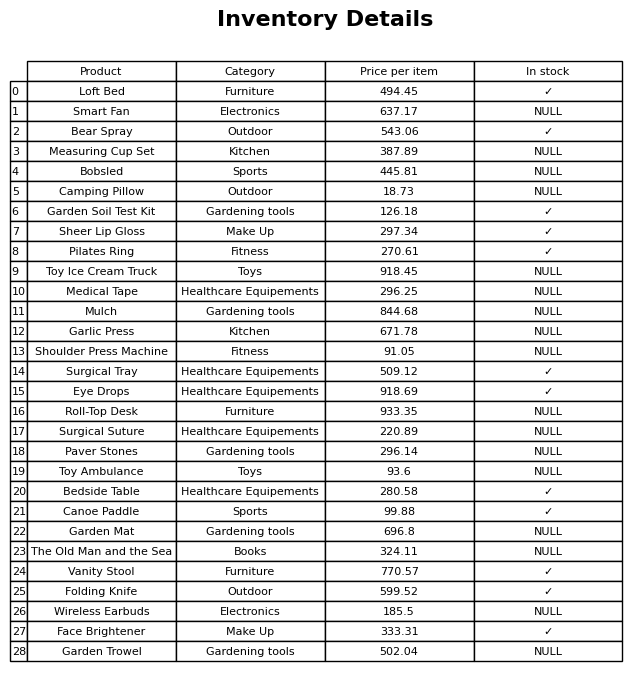
question: What is the stock status of the Medical Tape?
answer: NULL